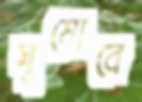
ঘুমোবে